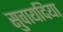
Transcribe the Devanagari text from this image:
सुवायदिया